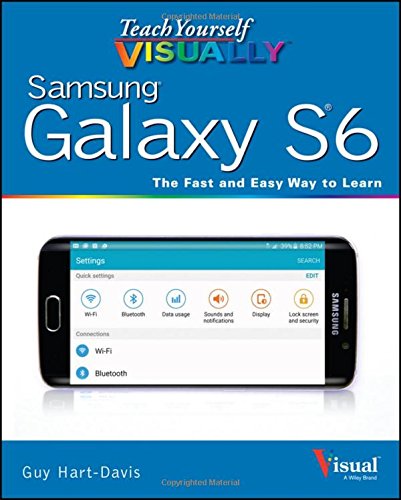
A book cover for Teach Yourself VISUALLY Samsung Galaxy S6; Guy Hart-Davis; Computers & Technology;